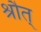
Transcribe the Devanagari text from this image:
श्रौत्